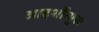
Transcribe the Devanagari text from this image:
आदर्शोंन्मुख